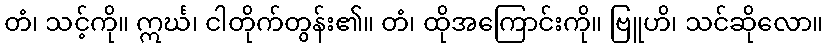
တံ၊ သင့်ကို။ ဣင်္ဃ၊ ငါတိုက်တွန်း၏။ တံ၊ ထိုအကြောင်းကို။ ဗြူဟိ၊ သင်ဆိုလော။